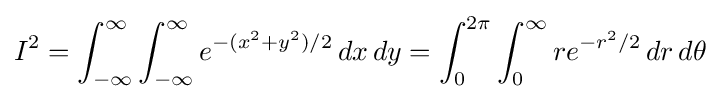
I^{2}=\int _{-\infty }^{\infty }\int _{-\infty }^{\infty }e^{-(x^{2}+y^{2})/2}\,dx\,dy=\int _{0}^{2\pi }\int _{0}^{\infty }re^{-r^{2}/2}\,dr\,d\theta